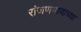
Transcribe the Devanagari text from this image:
रांजणगावाच्या